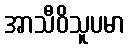
အာသီဝိသူပမာ